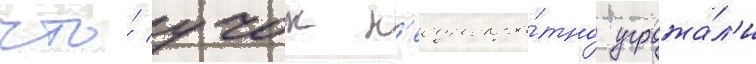
что́ учок н'еоднокра́тно угрожа́л'и